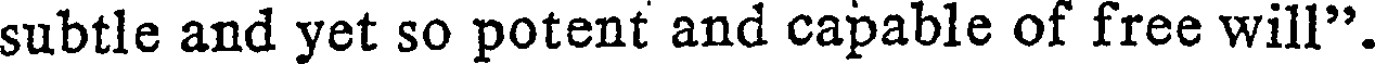
subtle and yet so potent and capable of free will".